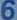
6